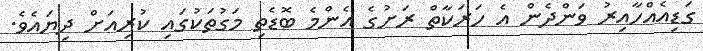
ގަޑިއެއްހާއިރު ވަންދެން އެ ހަރަކާތް ރަށުގެ އެންމެ ބޮޑެތި މަގުތަކުގަައި ކުރިއަށް ދިޔައެވެ.